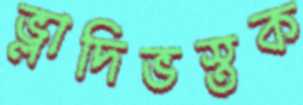
ভ্লাদিভস্তক